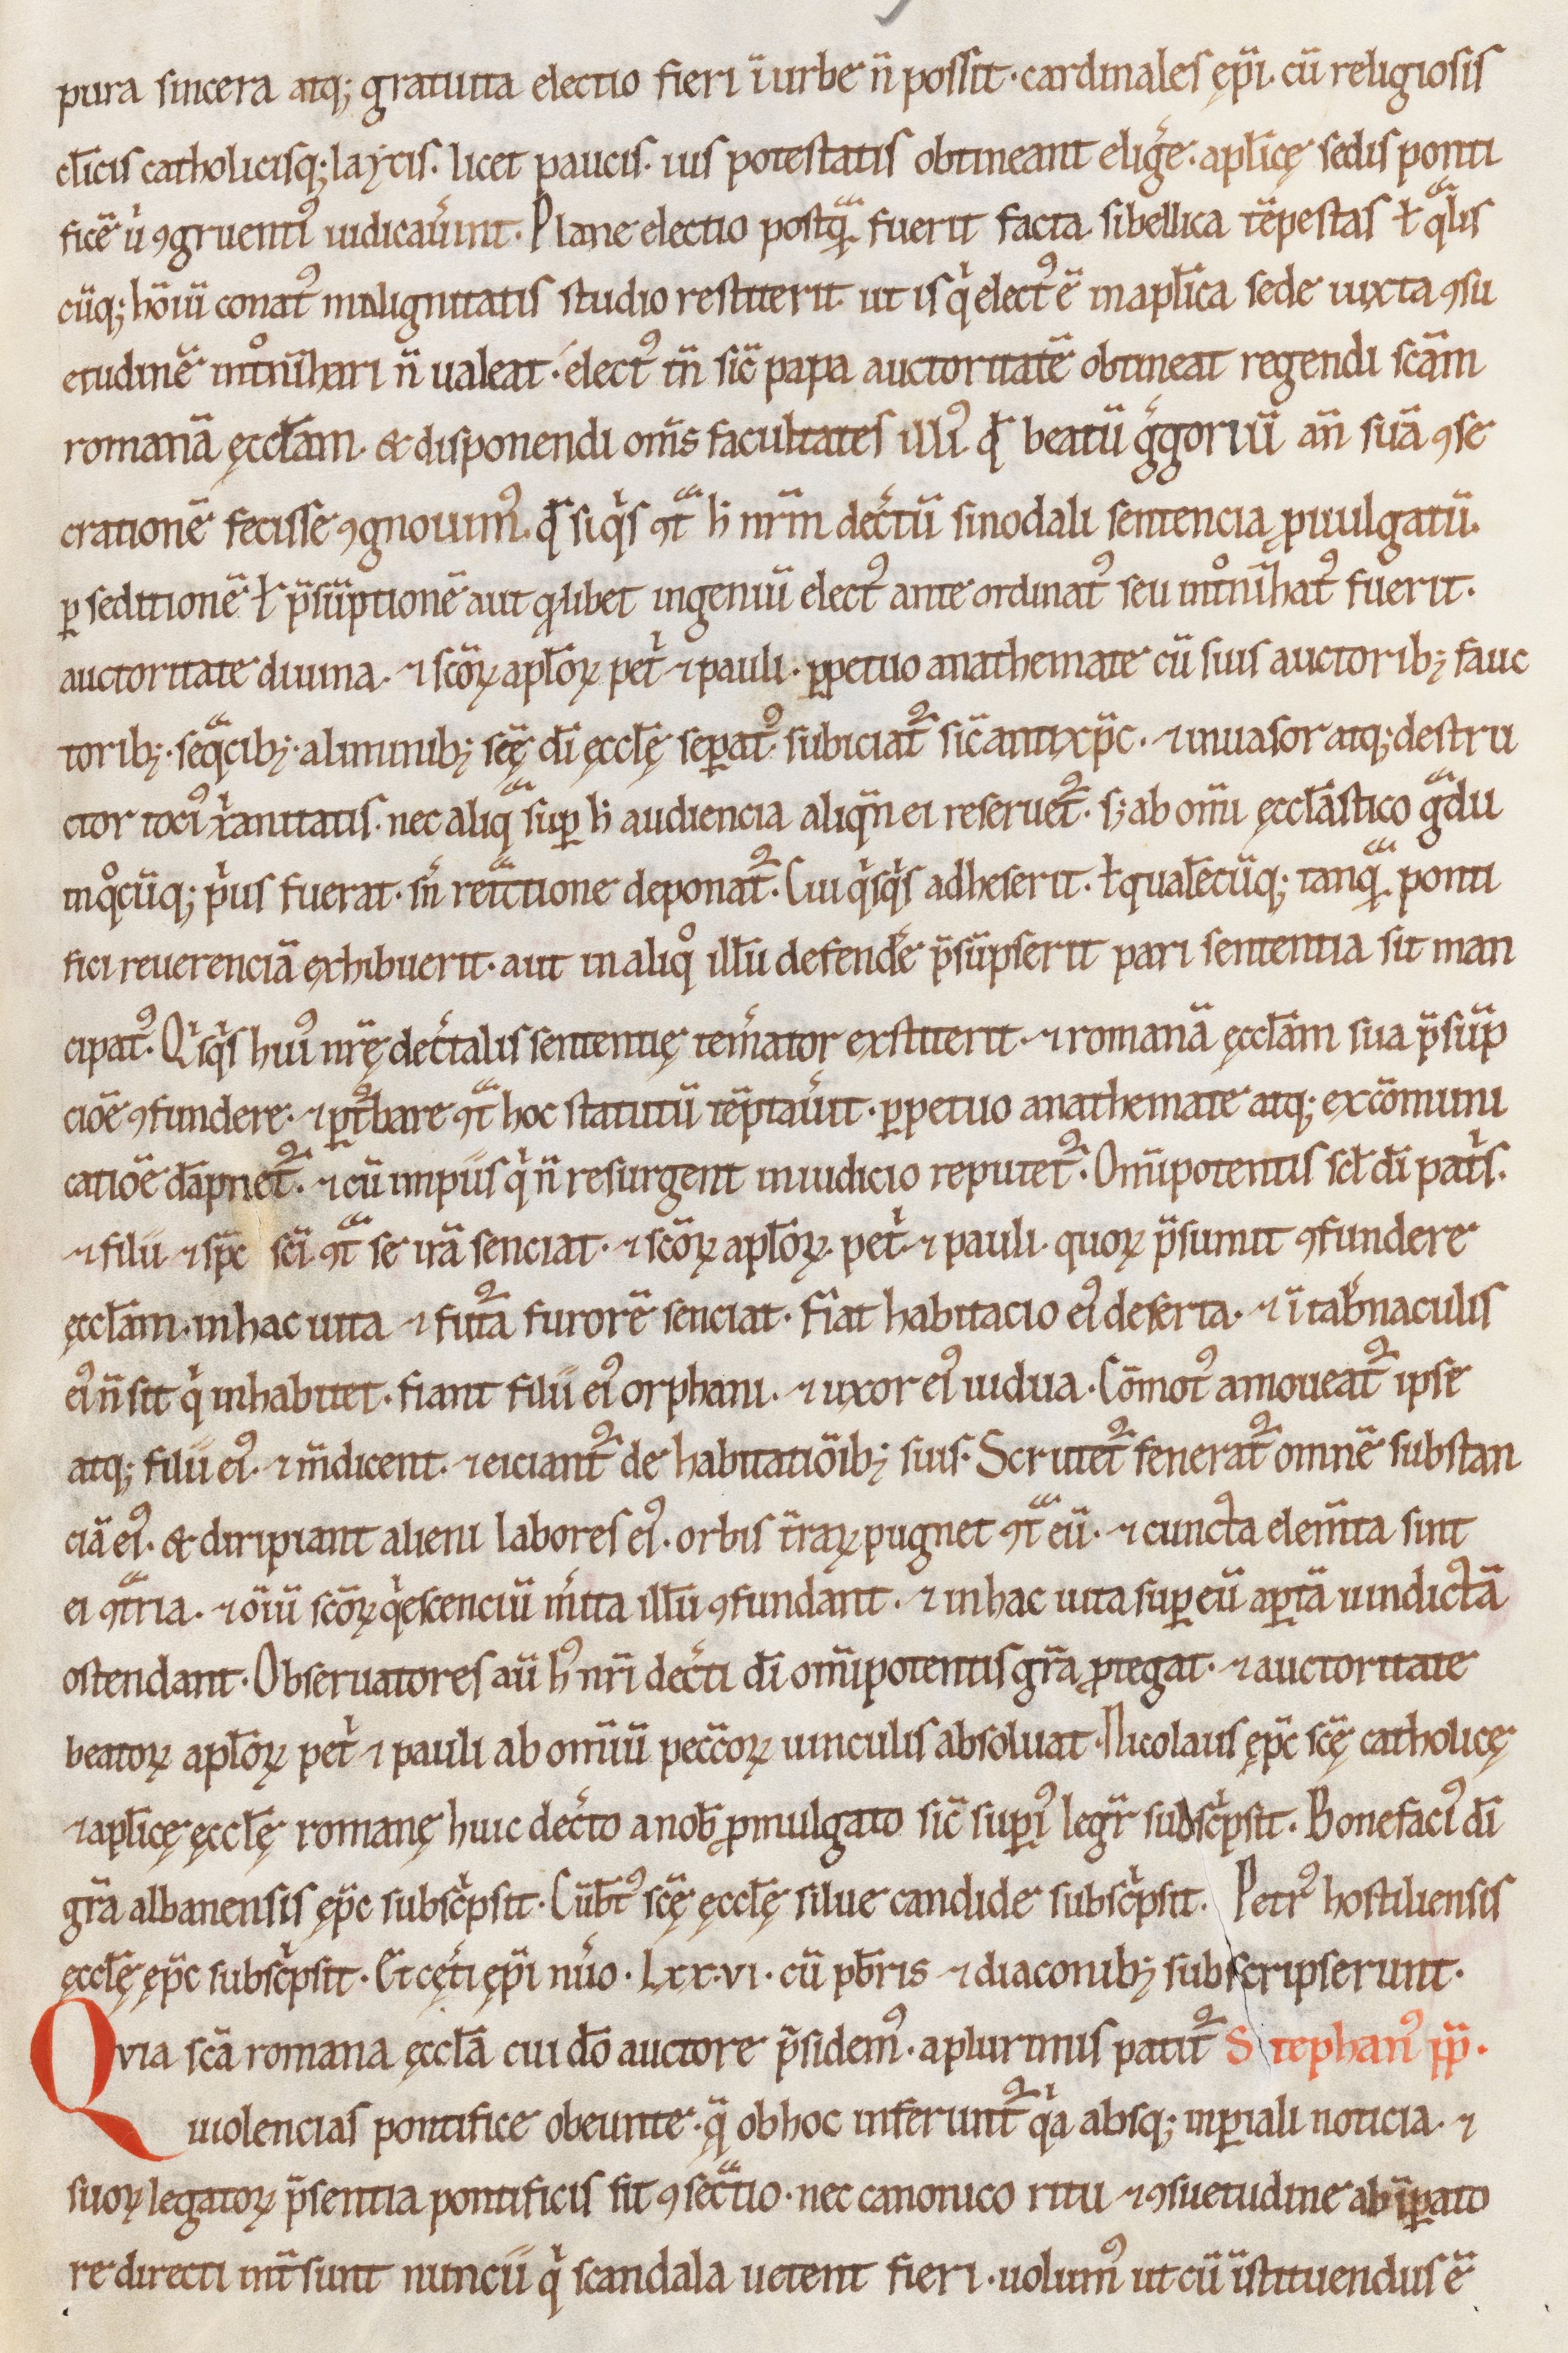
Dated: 1100–1199